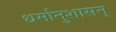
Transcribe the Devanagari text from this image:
धर्मानुशासन्